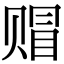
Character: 赗